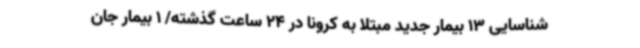
شناسایی 13 بیمار جدید مبتلا به کرونا در 24 ساعت گذشته/ 1 بیمار جان